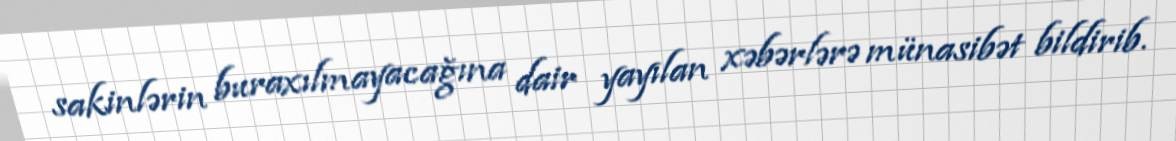
sakinlərin buraxılmayacağına dair yayılan xəbərlərə münasibət bildirib.